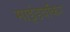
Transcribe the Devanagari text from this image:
माइंडवॉकर